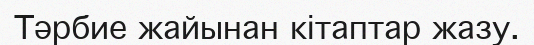
Тәрбие жайынан кітаптар жазу.